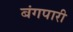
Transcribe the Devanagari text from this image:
बंगपारी